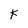
Character: K